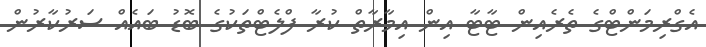
އެގްރިމަންޓްގެ ތެރެއިން ޓާޓާ އިން އިމާރާތް ކުރާ ފްލެޓްތަކުގެ ބޮޑު ބައެއް ސަރުކާރުން